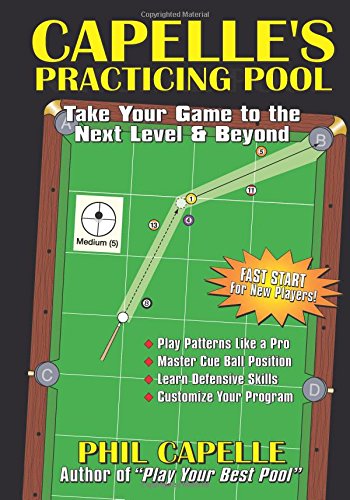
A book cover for Capelle's Practicing Pool; Phil Capelle; Sports & Outdoors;